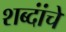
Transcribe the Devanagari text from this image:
शब्दांंचे